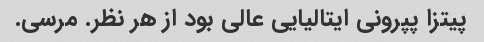
پیتزا پپرونی ایتالیایی عالی بود از هر نظر. مرسی.